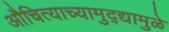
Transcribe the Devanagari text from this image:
औचित्याच्यामुद्द्यामुळे